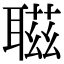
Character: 𦖺